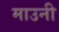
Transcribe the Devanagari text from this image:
माउनी